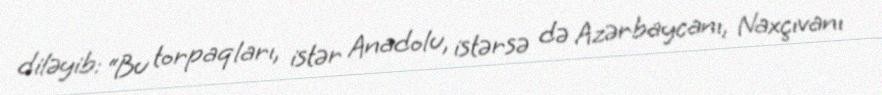
diləyib: “Bu torpaqları, istər Anadolu, istərsə də Azərbaycanı, Naxçıvanı